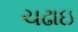
ચઢાઇ